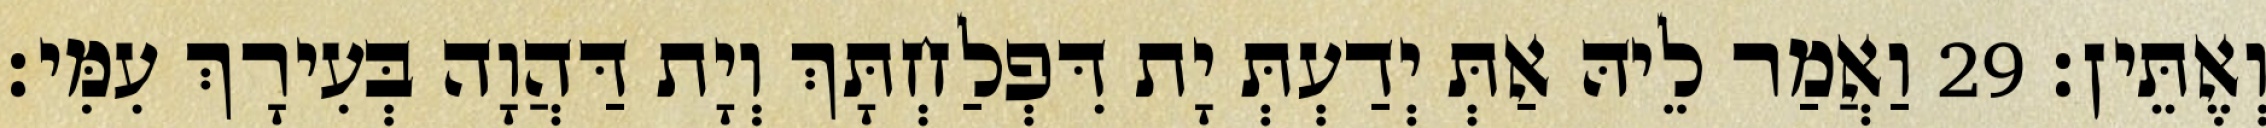
וְאֶתֵּין׃ 29 וַאֲמַר לֵיהּ אַתְּ יְדַעְתְּ יָת דִּפְלַחְתָּךְ וְיָת דַּהֲוָה בְּעִירָךְ עִמִּי׃